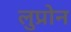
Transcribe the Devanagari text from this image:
लुप्रोन